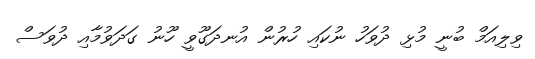
ވިލިއަމް ބުނީ މުޅި ދުވަހު ނުކައި ހުރުން އުނދަގޫވީ ހޫނު ގަދަވުމާއި ދުވަސް